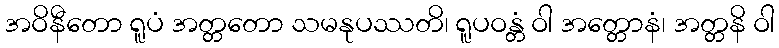
အဝိနီတော ရူပံ အတ္တတော သမနုပဿတိ၊ ရူပဝန္တံ ဝါ အတ္တောနံ၊ အတ္တနိ ဝါ